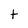
Character: t